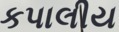
કપાલીય